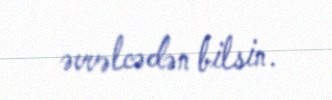
əvvəlcədən bilsin.